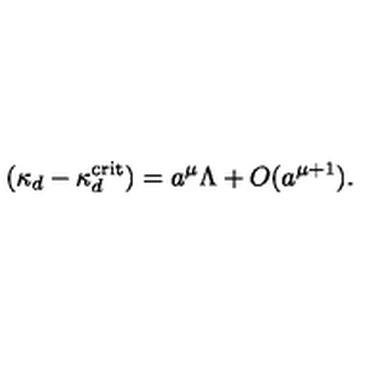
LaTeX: ( \kappa _ { d } - \kappa _ { d } ^ { \mathrm { c r i t } } ) = a ^ { \mu } \Lambda + O ( a ^ { \mu + 1 } ) .